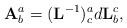
LaTeX: \begin{align*}\mathbf{A}_{b}^{a}=(\mathbf{L}^{-1})_{c}^{a}d\mathbf{L}_{b}^{c}\mathbf{,}\end{align*}